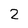
Character: 2